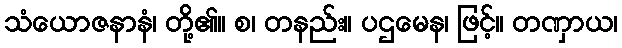
သံယောဇနာနံ၊ တို့၏။ စ၊ တနည်း။ ပဌမေန၊ ဖြင့်။ တဏှာယ၊